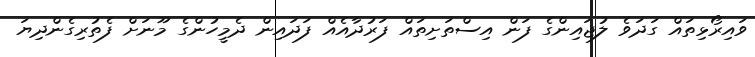
ވައިރޯޅިތައް ގަދަވެ ލުޖައިންގެ ފަން އިސްތަށިތައް ފަރުދާއެއް ފަދައިން ދެމީހުންގެ މޫނަށް ފެތުރިގެންދިޔަ